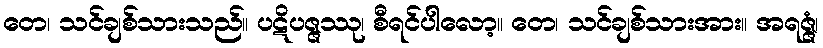
တေ၊ သင်ချစ်သားသည်။ ပဋိပဇ္ဇဿု၊ စီရင်ပါလော့။ တေ၊ သင်ချစ်သားအား။ အရဇ္ဇံ၊